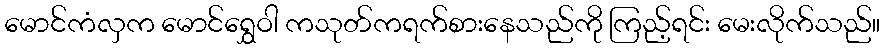
မောင်ကံလှက မောင်ရွှေဝါ ကသုတ်ကရက်စားနေသည်ကို ကြည့်ရင်း မေးလိုက်သည်။